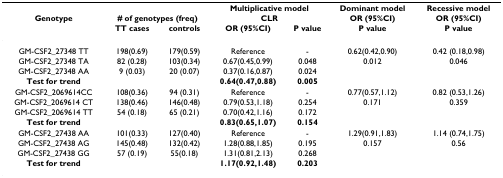
<table><thead><tr><td></td><td></td><td></td><td colspan="2"><b>Multiplicative model</b></td><td><b>Dominant model</b></td><td><b>Recessive model</b></td></tr><tr><td><b>Genotype</b></td><td colspan="2"><b># of genotypes (freq)</b></td><td colspan="2"><b>CLR</b></td><td><b>OR (95%CI)</b></td><td><b>OR (95%CI)</b></td></tr><tr><td></td><td><b>TT cases</b></td><td><b>controls</b></td><td><b>OR (95%CI)</b></td><td><b>P value</b></td><td><b>P value</b></td><td><b>P value</b></td></tr></thead><tbody><tr><td>GM-CSF2_27348 TT</td><td>198(0.69)</td><td>179(0.59)</td><td>Reference</td><td>-</td><td>0.62(0.42,0.90)</td><td>0.42 (0.18,0.98)</td></tr><tr><td>GM-CSF2_27348 TA</td><td>82 (0.28)</td><td>103(0.34)</td><td>0.67(0.45,0.99)</td><td>0.048</td><td>0.012</td><td>0.046</td></tr><tr><td>GM-CSF2_27348 AA</td><td>9 (0.03)</td><td>20 (0.07)</td><td>0.37(0.16,0.87)</td><td>0.024</td><td></td><td></td></tr><tr><td><b>Test for trend</b></td><td></td><td></td><td><b>0.64(0.47,0.88)</b></td><td><b>0.005</b></td><td></td><td></td></tr><tr><td>GM-CSF2_2069614CC</td><td>108(0.36)</td><td>94 (0.31)</td><td>Reference</td><td>-</td><td>0.77(0.57,1.12)</td><td>0.82 (0.53,1.26)</td></tr><tr><td>GM-CSF2_2069614 CT</td><td>138(0.46)</td><td>146(0.48)</td><td>0.79(0.53,1.18)</td><td>0.254</td><td>0.171</td><td>0.359</td></tr><tr><td>GM-CSF2_2069614 TT</td><td>54 (0.18)</td><td>65 (0.21)</td><td>0.70(0.42,1.16)</td><td>0.172</td><td></td><td></td></tr><tr><td><b>Test for trend</b></td><td></td><td></td><td><b>0.83(0.65,1.07)</b></td><td><b>0.154</b></td><td></td><td></td></tr><tr><td>GM-CSF2_27438 AA</td><td>101(0.33)</td><td>127(0.40)</td><td>Reference</td><td>-</td><td>1.29(0.91,1.83)</td><td>1.14 (0.74,1.75)</td></tr><tr><td>GM-CSF2_27438 AG</td><td>145(0.48)</td><td>132(0.42)</td><td>1.28(0.88,1.85)</td><td>0.195</td><td>0.157</td><td>0.56</td></tr><tr><td>GM-CSF2_27438 GG</td><td>57 (0.19)</td><td>55(0.18)</td><td>1.31(0.81,2.13)</td><td>0.268</td><td></td><td></td></tr><tr><td><b>Test for trend</b></td><td></td><td></td><td><b>1.17(0.92,1.48)</b></td><td><b>0.203</b></td><td></td><td></td></tr></tbody></table>